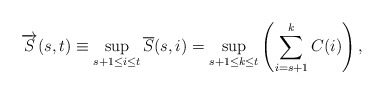
\begin{align*} \overrightarrow{S}(s,t) \equiv \sup_{s+1\le i\le t} \overline{S}(s,i) = \sup_{{s+1}\le{k}\le{t}}\left(\sum\limits_{i=s+1}\limits^{k}{C(i)}\right),\end{align*}